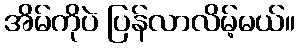
အိမ်ကိုပဲ ပြန်လာလိမ့်မယ်။